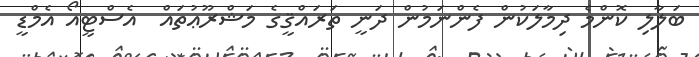
ބަލާލި ކޮންމެ ދިމާލަކުން ފެންނަމުން ދަނީ ތަރައްޤީގެ މަޝްރޫޢުތައް  އެސްޓީއޯ އެމްޑީ